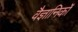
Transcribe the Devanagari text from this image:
वैज्ञानिकांे